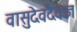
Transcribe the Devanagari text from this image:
वासुदेवदैवज्ञ